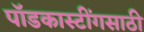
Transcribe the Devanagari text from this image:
पॉडकास्टींगसाठी